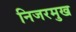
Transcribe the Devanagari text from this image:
निजरमुख